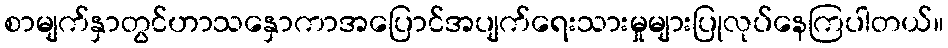
စာမျက်နှာတွင်ဟာသနှောကာအပြောင်အပျက်ရေးသားမှုများပြုလုပ်နေကြပါတယ်။